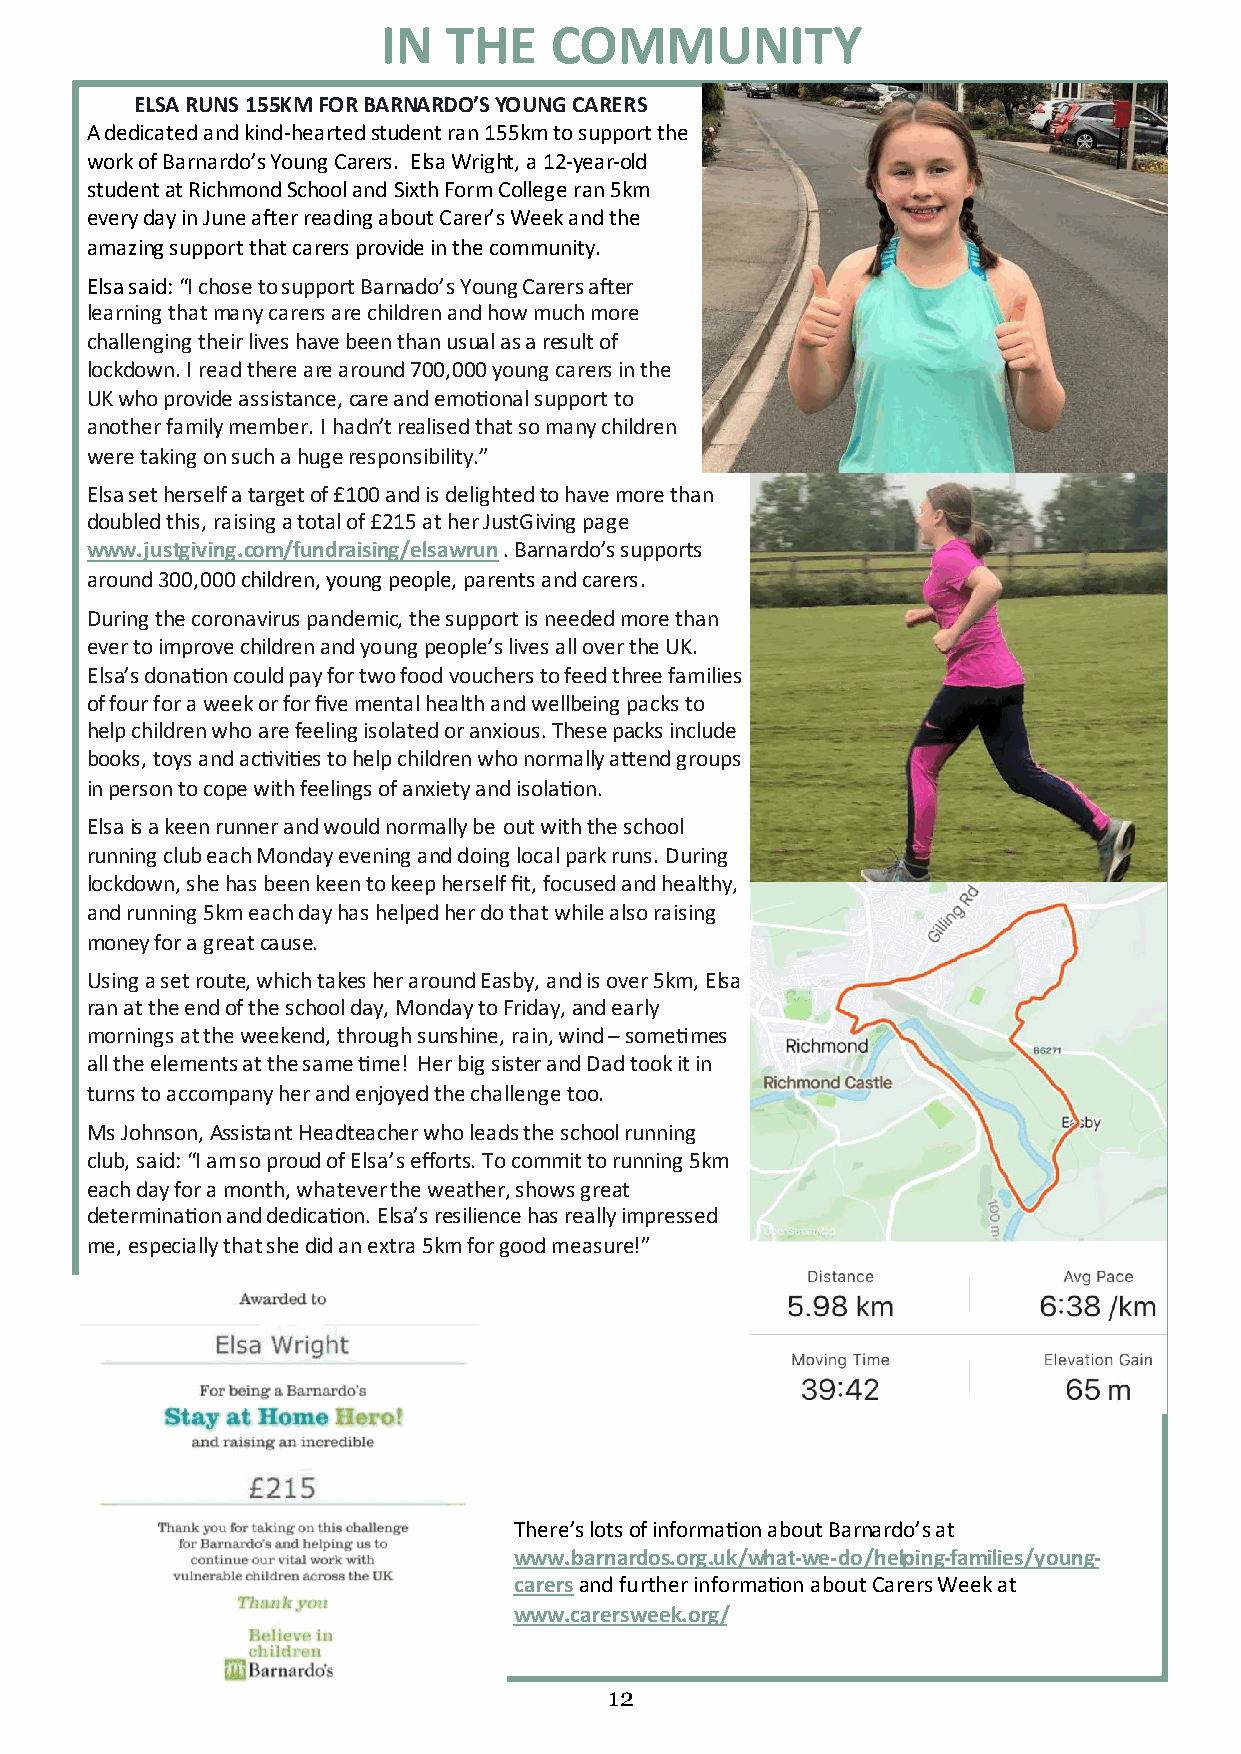
IN  THE    COMMUNITY
 12121212121212
 ELSA RUNS 155KM FOR BARNARDO’S YOUNG CARERS
 -
 A dedicated and kind hearted student ran 155km to support the
 -   -
 work of Barnardo’s Young Carers. Elsa Wright, a 12yearold
 student at Richmond School and Sixth Form College ran 5km
 every day in June after reading about Carer’s Week and the
 amazing support that carers provide in the community.
 Elsa said: “I chose to support Barnado’s Young Carers after
 learning that many carers are children and how much more
 challenging their lives have been than usual as a result of
 lockdown. I read there are around 700,000 young carers in the
 UK who provide assistance, care and emotional support to
 another family member. I hadn’t realised that so many children
 were taking on such a huge responsibility.”
 Elsa set herself a target of £100 and is delighted to have more than
 doubled this, raising a total of £215 at her JustGiving page
 www.justgiving.com/fundraising/elsawrun . Barnardo’s supports
 around 300,000children, young people, parents and carers.
 During the coronavirus pandemic, the support is needed more than
 ever to improve children and young people’s lives all over the UK.
 Elsa’s donation could pay for two food vouchers to feed three families
 of four for a week or for five mental health and wellbeing packs to
 help children who are feeling isolated or anxious. These packs include
 books, toys and activities to help children who normally attend groups
 in person to cope with feelings of anxiety and isolation.
 Elsa is a keen runner and would normally be out with the school
 running club each Monday evening and doing local park runs. During
 lockdown, she has been keen to keep herself fit, focused and healthy,
 and running 5km each day has helped her do that while also raising
 money for a great cause.
 Using a set route, which takes her around Easby, and is over 5km, Elsa
 ran at the end of the school day, Monday to Friday, and early
 mornings at the weekend, through sunshine, rain, wind – sometimes
 all the elements at the same time! Her big sister and Dad took it in
 turns to accompany her and enjoyed the challenge too.
 Ms Johnson, Assistant Headteacher who leads the school running
 club, said: “I am so proud of Elsa’s efforts. To commit to running 5km
 each day for a month, whatever the weather, shows great
 determination and dedication. Elsa’s resilience has really impressed
 me, especially that she did an extra 5km for good measure!”
 There’s lots of information about Barnardo’s at
 - -      -         -
 www.barnardos.org.uk/whatwe do/helpingfamilies/young
 carers and further information about Carers Week at
 www.carersweek.org/
 1 2